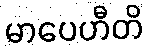
မာပေဟီတိ